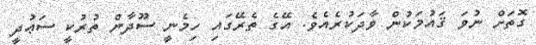
ގޮތަށް ނުވަ ޤައުމަކުން ވާދަކުރެއެވެ. އޭގެ ތެރޭގައި ހިމެނީ ސޫދާން ތުރުކީ ސަޢުދީ